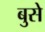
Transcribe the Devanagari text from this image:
बुसे